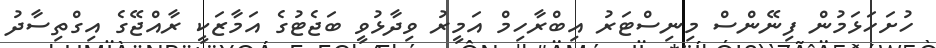
ހުށަހަޅަމުން ފިނޭންސް މިނިސްޓަރު އިބްރާހިމް އަމީރު ވިދާޅުވީ ބަޖެޓުގެ އަމާޒަކީ ރާއްޖޭގެ އިގްތިސާދު